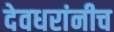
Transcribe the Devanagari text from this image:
देवधरांनीच